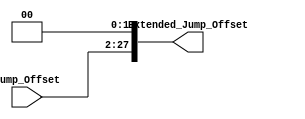
`timescale 1ns / 1ps

module L_Shift(
    input [25:0] Jump_Offset,
    output [27:0] Extended_Jump_Offset
    );
    
    assign Extended_Jump_Offset = {Jump_Offset, 2'b00};
    
endmodule